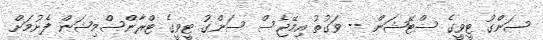
ސަންގު ޓީވީގެ ސްޓޭޝަން -- ވަގުތު އިމޭޖެސް ސަންގު ޓީވީގެ ޓްރާންސްމިޝަން ފެށުމަށް